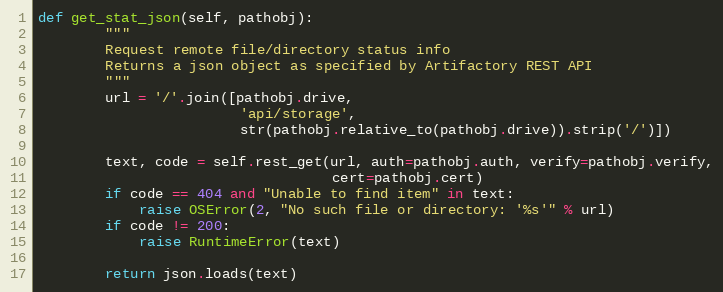
Language: Python
def get_stat_json(self, pathobj):
        """
        Request remote file/directory status info
        Returns a json object as specified by Artifactory REST API
        """
        url = '/'.join([pathobj.drive,
                        'api/storage',
                        str(pathobj.relative_to(pathobj.drive)).strip('/')])

        text, code = self.rest_get(url, auth=pathobj.auth, verify=pathobj.verify,
                                   cert=pathobj.cert)
        if code == 404 and "Unable to find item" in text:
            raise OSError(2, "No such file or directory: '%s'" % url)
        if code != 200:
            raise RuntimeError(text)

        return json.loads(text)